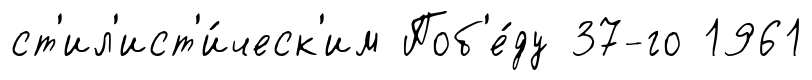
ст'ил'ист'и́ческ'им Поб'е́ду 37-го 1961